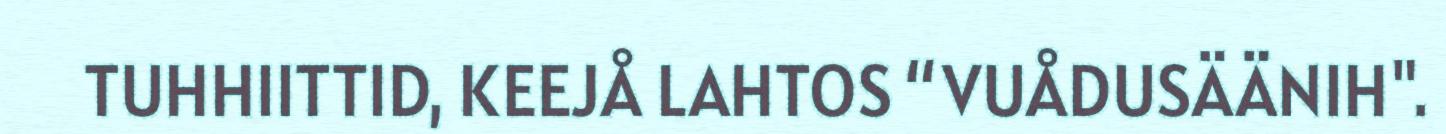
TUHHIITTID, KEEJÅ LAHTOS “VUÅDUSÄÄNIH".